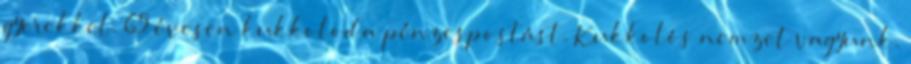
gyerekkel. 65 évesen kukkolod a pénzespostást. Kukkolós nemzet vagyunk.